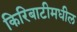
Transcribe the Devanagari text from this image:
किरिबाटीमधील